Document type: bank_statement
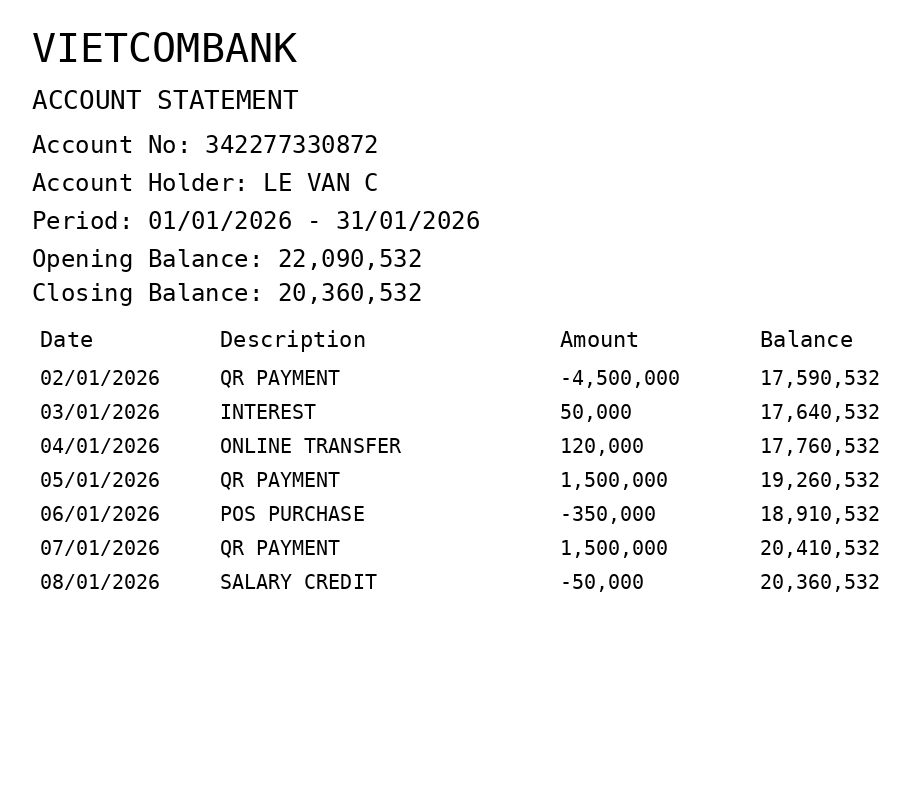
OCR transcript:
VIETCOMBANK
ACCOUNT STATEMENT
Account No: 342277330872
Account Holder: LE VAN C
Period: 01/01/2026 - 31/01/2026
Opening Balance: 22,090,532
Closing Balance: 20,360,532
Date
Description
Amount
Balance
02/01/2026
QR PAYMENT
-4,500,000
17,590,532
03/01/2026
INTEREST
50,000
17,640,532
04/01/2026
ONLINE TRANSFER
120,000
17,760,532
05/01/2026
QR PAYMENT
1,500,000
19,260,532
06/01/2026
POS PURCHASE
-350,000
18,910,532
07/01/2026
QR PAYMENT
1,500,000
20,410,532
08/01/2026
SALARY CREDIT
-50,000
20,360,532
Extracted fields:
bank_name: vietcombank
account_number: 342277330872
account_holder: le van c
statement_period: 01/01/2026 - 31/01/2026
opening_balance: 22090532
closing_balance: 20360532
transactions: date: 2026-01-02
description: qr payment
amount: -4500000
balance: 17590532
date: 2026-01-03
description: interest
amount: 50000
balance: 17640532
date: 2026-01-04
description: online transfer
amount: 120000
balance: 17760532
date: 2026-01-05
description: qr payment
amount: 1500000
balance: 19260532
date: 2026-01-06
description: pos purchase
amount: -350000
balance: 18910532
date: 2026-01-07
description: qr payment
amount: 1500000
balance: 20410532
date: 2026-01-08
description: salary credit
amount: -50000
balance: 20360532